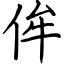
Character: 侔